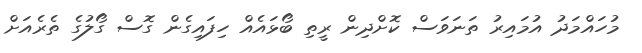
މުހައްމަދު އުމައިރު ތަނަވަސް ކޮށްދިން ރީތި ބޯޅައެއް ހިފައިގެން ގޮސް ގޯލުގެ ތެރެއަށް